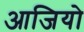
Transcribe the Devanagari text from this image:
आजियो